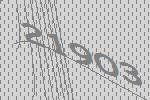
21903